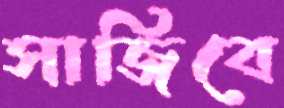
সাজিবে